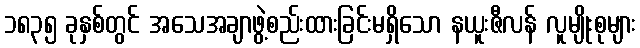
၁၈၃၅ ခုနှစ်တွင် အသေအချာဖွဲ့စည်းထားခြင်းမရှိသော နယူးဇီလန် လူမျိုးစုများ